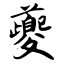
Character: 夔